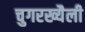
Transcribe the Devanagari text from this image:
चुगरख्यैली